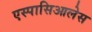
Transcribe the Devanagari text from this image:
एस्पासिआलेस